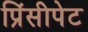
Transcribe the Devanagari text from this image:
प्रिंसीपेट